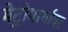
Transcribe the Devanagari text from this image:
मेट्रोमार्गावर